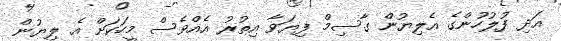
އަދި ފުލުހުންގެ އެލިޔުން ގާސިމް ފިޔަވާ އިތުރު އެއްވެސް މީހަކަށް އެ ލިޔުން